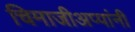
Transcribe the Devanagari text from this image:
चिमाजीअप्पांनी